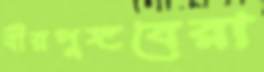
বীরপুঙ্গবেরা